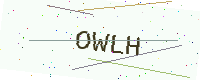
Text: OWLH